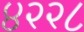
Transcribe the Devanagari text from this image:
४२२८